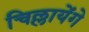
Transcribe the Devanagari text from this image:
चिल्लायेंगे